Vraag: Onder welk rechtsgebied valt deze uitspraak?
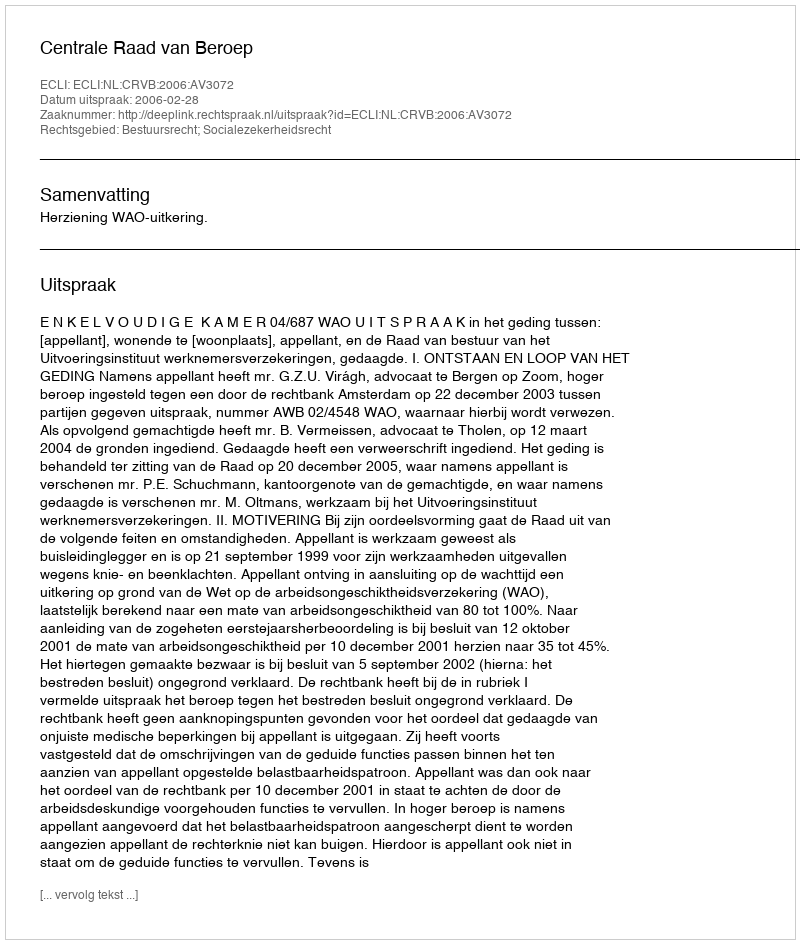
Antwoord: Bestuursrecht; Socialezekerheidsrecht